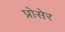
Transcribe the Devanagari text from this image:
प्रोसेर